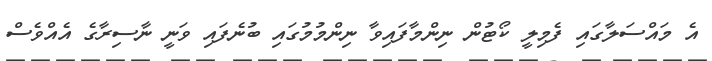
އެ މައްސަލާގައި ފެމިލީ ކޯޓުން ނިންމާފައިވާ ނިންމުމުގައި ބުނެފައި ވަނީ ނާސިރާގެ އެއްވެސް